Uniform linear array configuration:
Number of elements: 4
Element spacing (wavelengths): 0.75
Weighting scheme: binomial
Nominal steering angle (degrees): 30
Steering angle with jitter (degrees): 30.601
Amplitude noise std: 0.05
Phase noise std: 0.05

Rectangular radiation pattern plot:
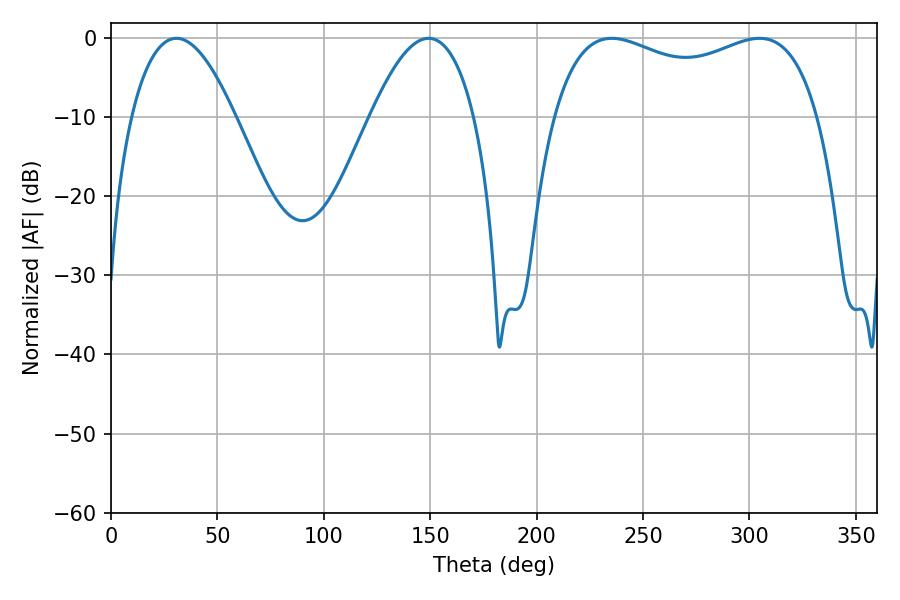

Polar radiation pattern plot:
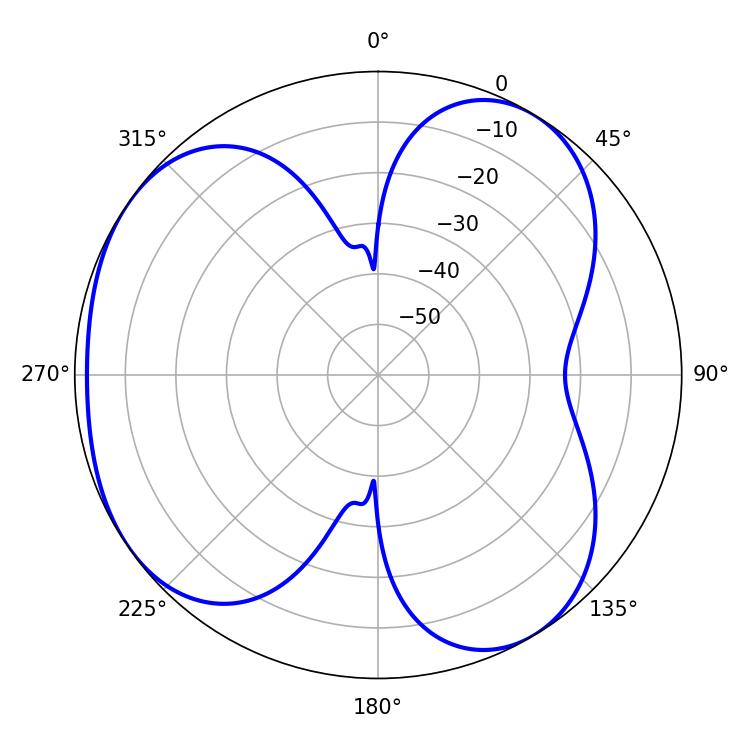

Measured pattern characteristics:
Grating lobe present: TRUE
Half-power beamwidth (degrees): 102.6
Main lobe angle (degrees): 235.26